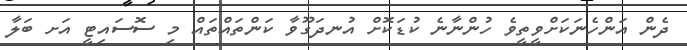
ދެން އަންހެނަކަށްވީތީވެ ހުންނާނެ ކުޑަކޮށް އުނދަގޫވާ ކަންތައްތައް މި ސޮސައިޓީ އަށ ބަލާ